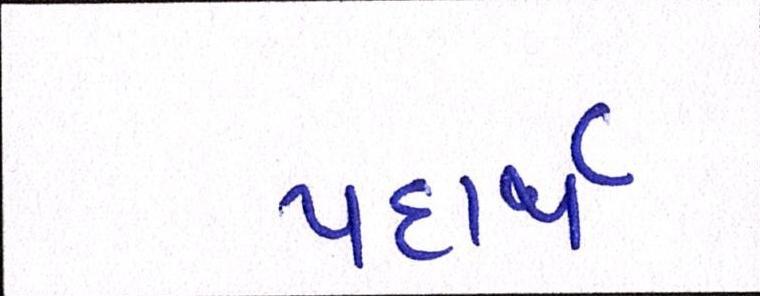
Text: પદાર્થ